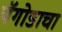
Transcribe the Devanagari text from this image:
पॅगोडाचा